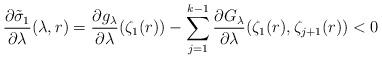
LaTeX: \begin{align*}\frac{\partial \tilde \sigma_1}{\partial \lambda}(\lambda,r)&=\frac{\partial g_\lambda}{\partial \lambda}(\zeta_1(r)) - \sum_{j=1}^{k-1}\frac{\partial G_\lambda }{\partial \lambda} (\zeta_1(r), \zeta_{j+1}(r)) < 0\end{align*}